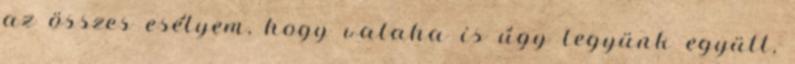
az összes esélyem, hogy valaha is úgy legyünk együtt,